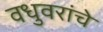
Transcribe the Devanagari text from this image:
वधुवरांचे